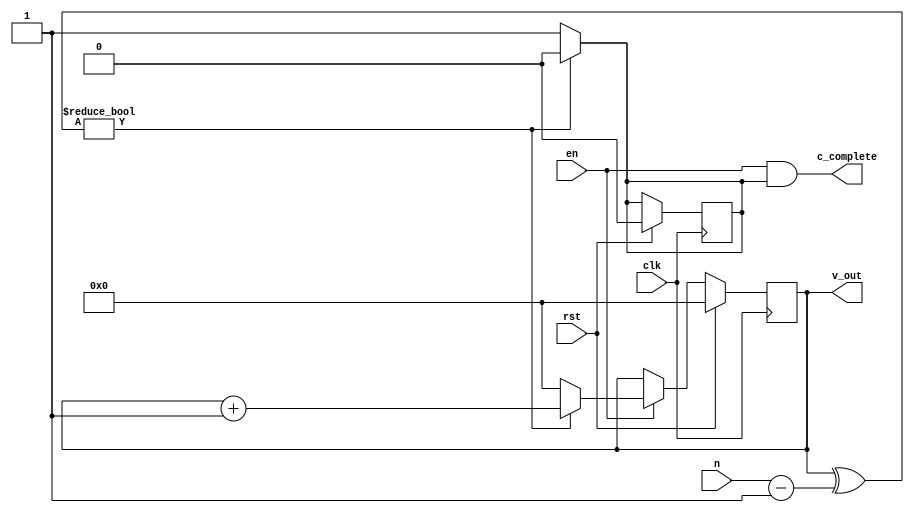
/*counter(clk,rst,en,n,v_out,c_complete)
by sunhaimeng
*/

module mprccounter(
clk,
rst,
en,
n,
v_out,
c_complete
);
parameter depth=8;
input clk;
input rst;
input en;
input [depth-1:0] n;

output [depth-1:0] v_out;
output c_complete;

reg[depth-1:0] value;
reg[depth-1:0] v_in;
reg wrap;
reg[depth-1:0] tmp1;
///////////////////////////////////////////
assign v_out=value;
assign c_complete=en&wrap;
///////////////////////////////////////////
always @ *
begin
  if(wrap)
    v_in = 0;
  else
    v_in = v_out+1'b1;
end

//always @ *
//begin 
//  tmp = n-1'b1;
//end
always @*
begin
    tmp1 <= n-1;
    if(v_out ^ tmp1)
    wrap = 0;
    else
    wrap = 1;
end

always @ (posedge clk)
begin
  if(rst)begin
    value <= 0;
    wrap <=0;
  end
  else
  begin
  if(en) begin
    value<=v_in;
  end
  else
    value<=value;
/*  if(v_out ^ tmp1)
    wrap <= 0;
  else
    wrap <= 1;*/
  end
end
endmodule